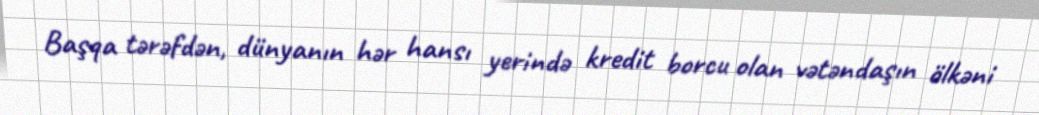
Başqa tərəfdən, dünyanın hər hansı yerində kredit borcu olan vətəndaşın ölkəni